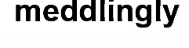
meddlingly